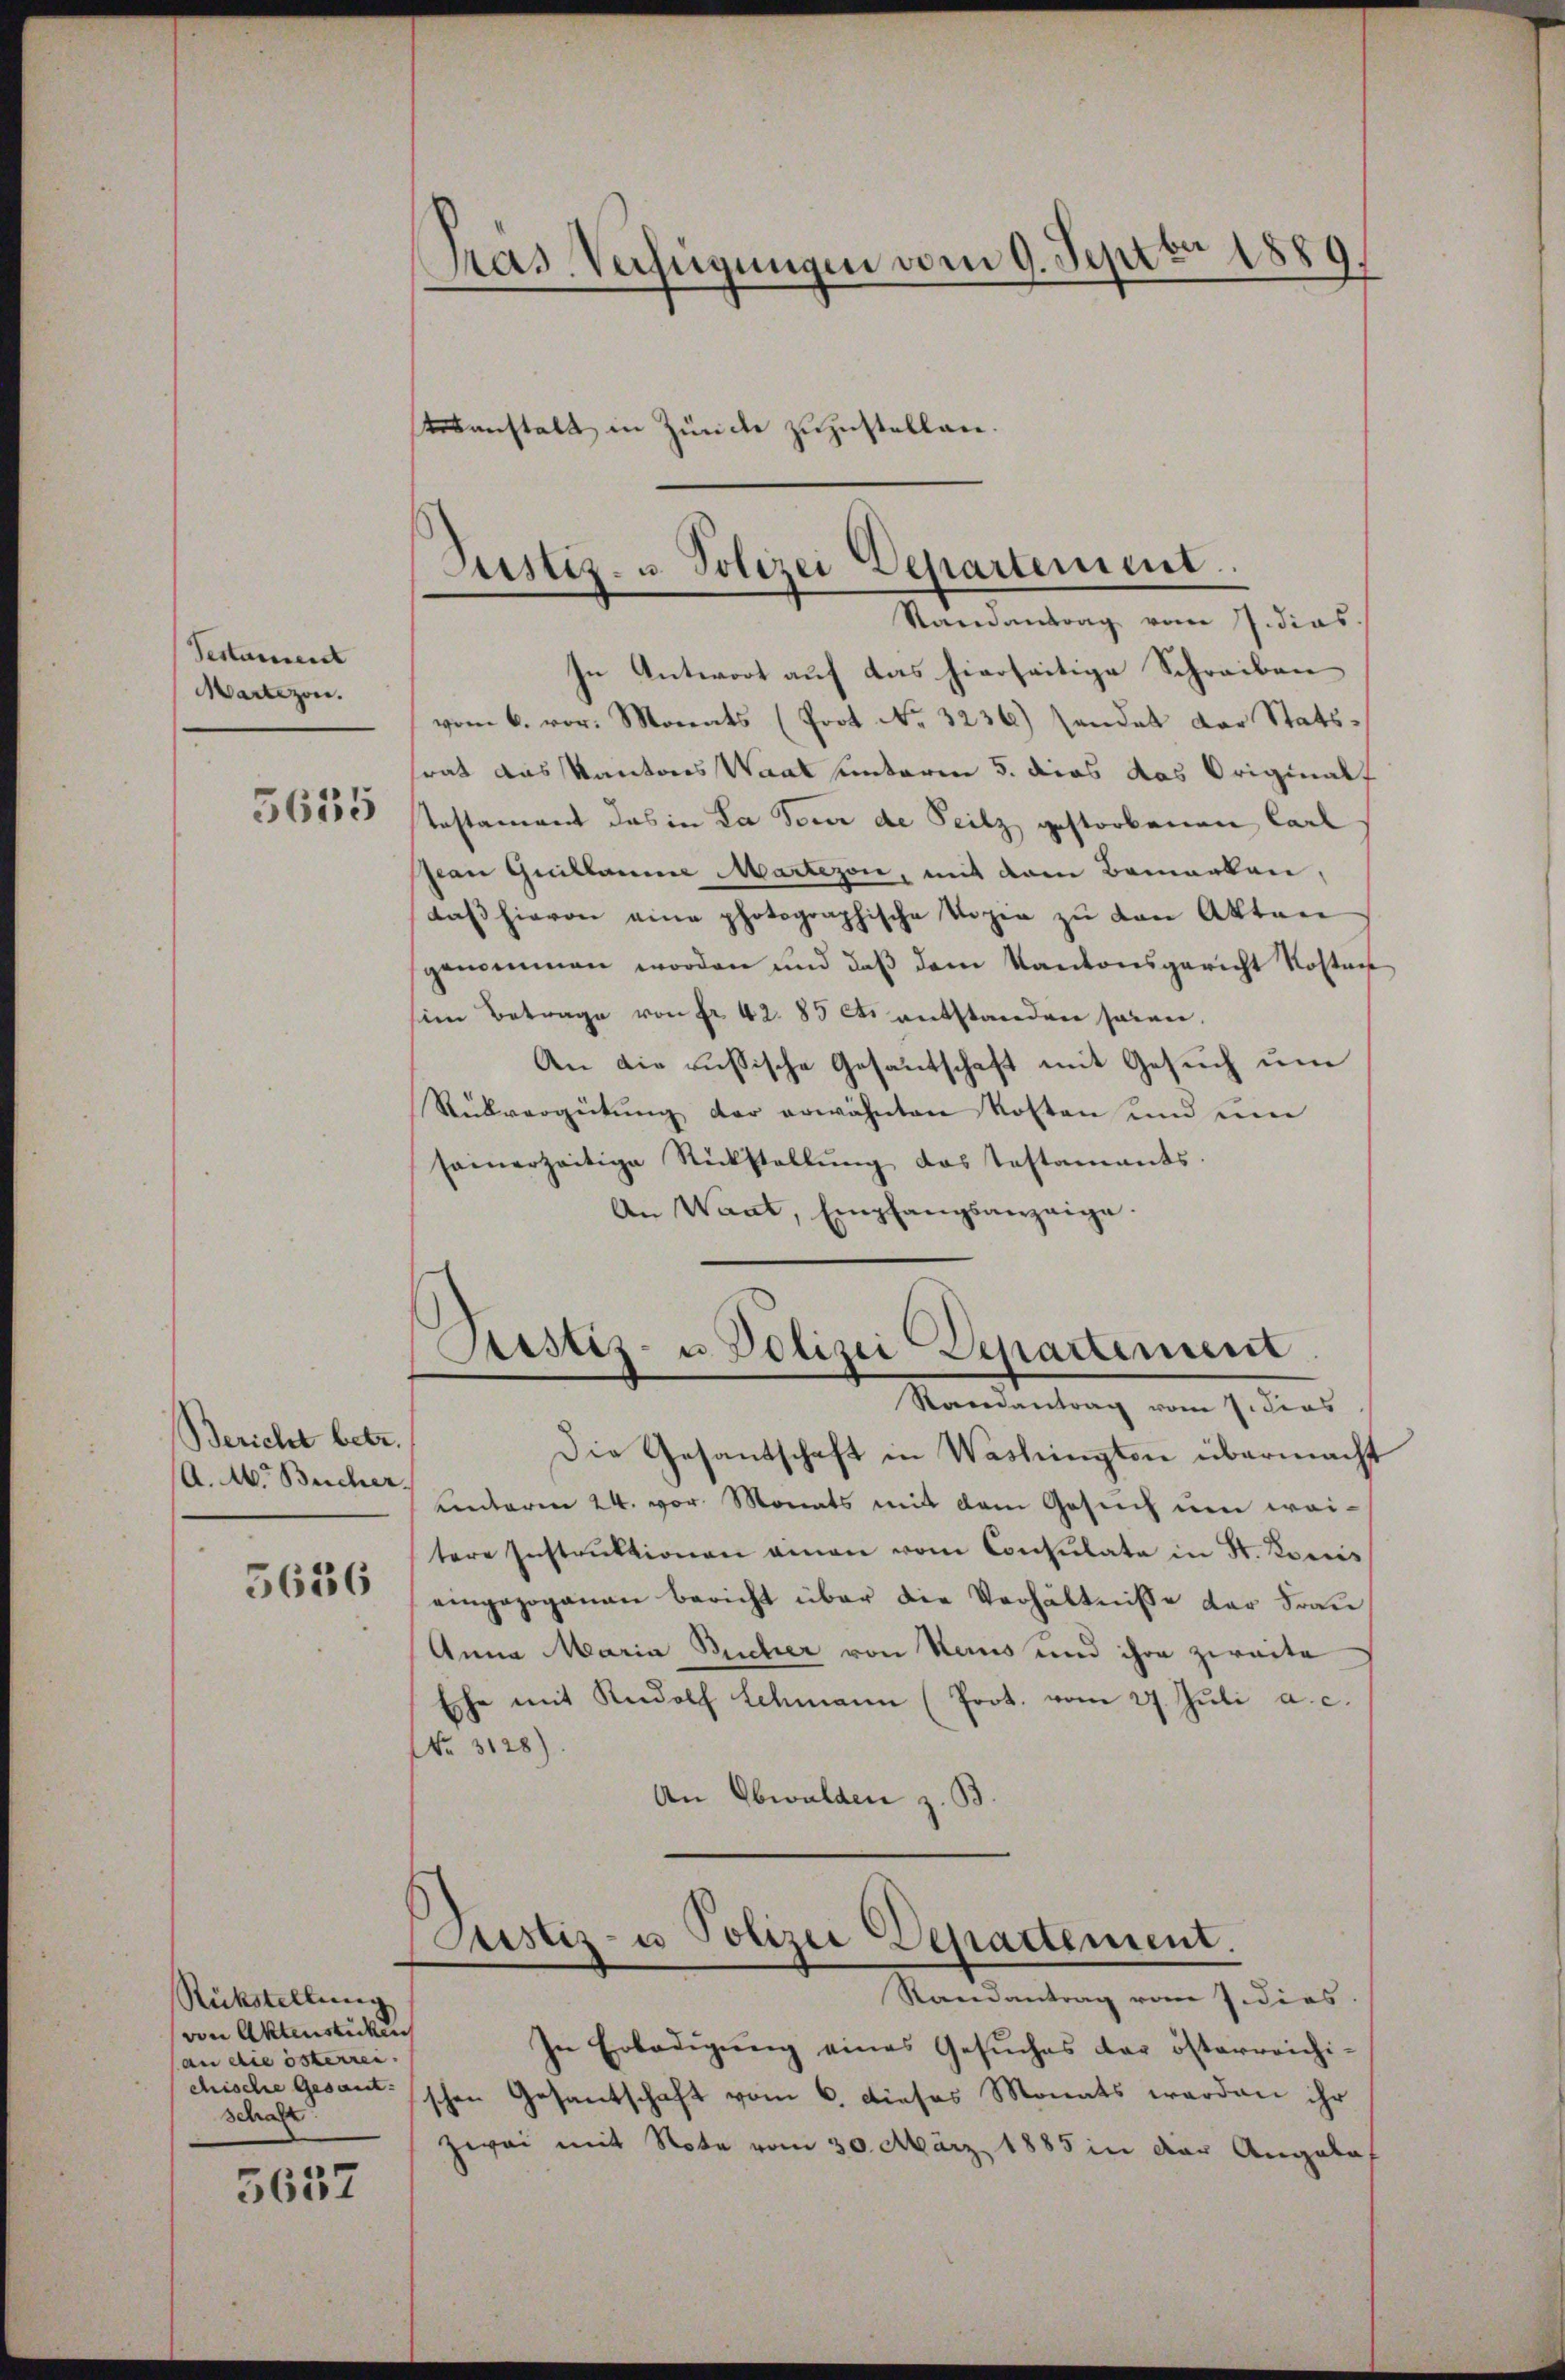
Testament
Martezon.

5635

Bericht betr.
A. M. Bücher.
5636

Rückstellung
von Aktenstücken
an die österrei
chische Gesamt-
schaft

5657

pras Verfügungen vom 9. Septbr 1880
.
tenanstalt in Züncke zuzustellen.

Pustiz- u. Polizei Departement.
Randantrag vom 7. dies

In Antwort auf das hierseitige Schreiben
vom 6. vor. Monats (Poot No. 3236) sendet der Statsrat das Kantons Waat unterm 5. dies das Originalt
Testament das in La seur de Peilz gestorbenen Carl
pian Guillaume Martezon, mit dem Bemerken,
daβ hievon eine photographische Vogie zŭ den Akten
genommen worden und daß dem Kantonsgericht Kosten
im Betrage von Fr. 42. 85 et entstanden seien.
An die russische Gesantschaft mit Gesuch um
Rükvergeitŭng der erwähnten Kosten und eine
samerzeitige Rückstellŭng das Testaments.
An Want, Empfangsanzeige.

Justiz- u. Polizei Departement
Staendantrag vom 7. dies

Justiz- u Polizei Departement.

Die Gesantschaft in Washingten übermacht
unterm 24. vor Monats mit dem Gesuch um wei-
tere Instrŭktionen einen vom Consulata in St. Komis
eingezogenen Bericht über die Verhältnisse der Frau
Anna Maria Reicher von Haus und ihre zweite
Eshe mit Rudolf Schmann (Prot. vom 27. Jŭli a. c.
No. 3128)
An Obwalden z. B.

Randantrag vom 7. dies
In Erledigung eines Gesuches der österreichi-
schen Gesantschaft vom 6. Dieses Monats werden ihr
zwei mit Note vom 30. März 1885 in der Angabat